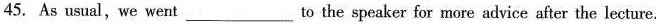
45. As usual,we went___to the speaker for more advice after the lecture.